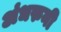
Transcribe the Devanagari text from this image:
अंधरुनी